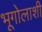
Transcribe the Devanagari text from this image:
भूगोलाशी